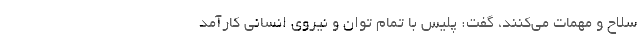
سلاح و مهمات می‌کنند، گفت: پلیس با تمام توان و نیروی انسانی کارآمد